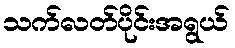
သက်လတ်ပိုင်းအရွယ်